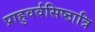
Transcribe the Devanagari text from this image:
प्राहुवर्वसिष्ठात्रि